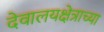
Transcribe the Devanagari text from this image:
देवालयक्षेत्राच्या